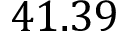
4 1 . 3 9